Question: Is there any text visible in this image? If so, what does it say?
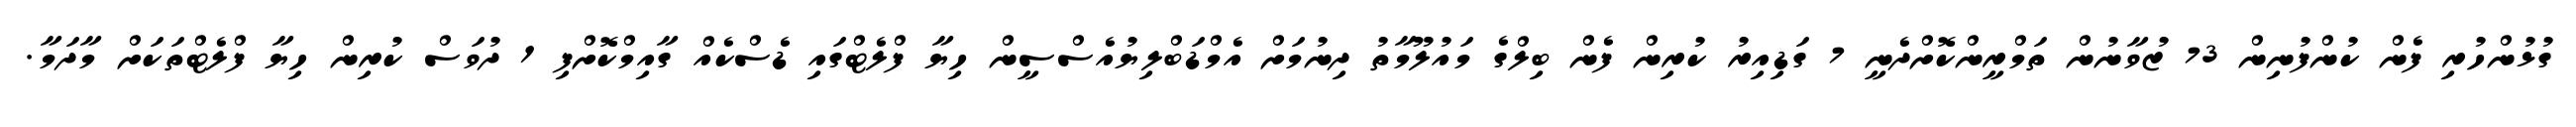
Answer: ގުޅުންހުރި ފެން ކުންފުނިން 73 ޒުވާނުން ތަމްރީންކޮށްދެނީ 7 ގަޑިއިރު ކުރިން ފެން ބިލްގެ މައުލޫމާތު ދިނުމަށް އެމްޑަބްލިޔުއެސްސީން ހިޔާ ފްލެޓްގައި ޑެސްކެއް ގާއިމްކޮށްފި 1 ދުވަސް ކުރިން ހިޔާ ފްލެޓްތަކަށް މާދަމާ.